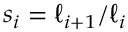
s _ { i } = \ell _ { i + 1 } / \ell _ { i }